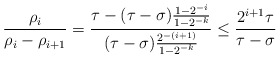
\begin{align*}\frac{\rho_i}{\rho_i-\rho_{i+1}}=\frac{\tau-(\tau-\sigma)\frac{1-2^{-i}}{1-2^{-k}}}{(\tau-\sigma)\frac{2^{-(i+1)}}{1-2^{-k}}}\leq \frac{2^{i+1}\tau}{\tau-\sigma}\end{align*}